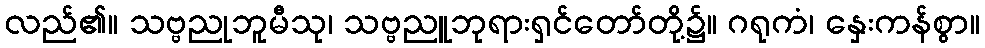
လည်၏။ သဗ္ဗညုဘူမီသု၊ သဗ္ဗညူဘုရားရှင်တော်တို့၌။ ဂရုကံ၊ နှေးကန်စွာ။